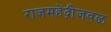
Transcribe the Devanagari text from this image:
राजमहेंद्रीजवळ